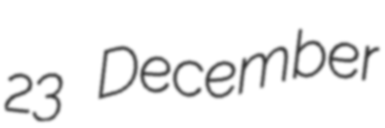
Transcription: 23 December